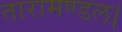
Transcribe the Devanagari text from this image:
तारामण्डल।